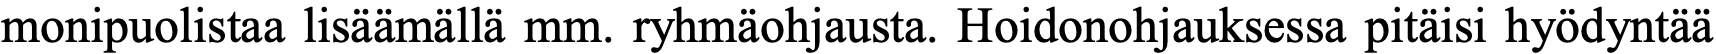
monipuolistaa lisäämällä mm. ryhmäohjausta. Hoidonohjauksessa pitäisi hyödyntää